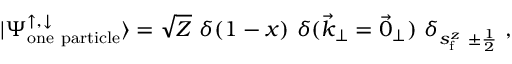
| \Psi _ { \mathrm { o n e \ p a r t i c l e } } ^ { \uparrow , \downarrow } \rangle = \sqrt Z \, \, \delta ( 1 - x ) \, \, \delta ( \vec { k } _ { \perp } = \vec { 0 } _ { \perp } ) \, \, \delta _ { s _ { \mathrm { f } } ^ { z } \ \pm { \frac { 1 } { 2 } } } \ ,